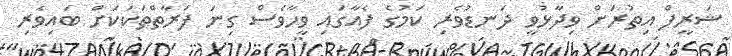
ޝަރީފް އިތުރަށް ވިދާޅުވީ ދަނޑުވެރި ކަމުގެ ފެއާގައި ވީހާވެސް ގިނަ ފަރާތްތަކަކަށް ބައިވެރި